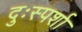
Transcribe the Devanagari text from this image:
दुःस्पर्शा